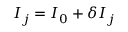
I _ { j } = I _ { 0 } + \delta I _ { j }